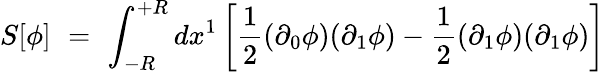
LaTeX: S[\phi]\, \, =\, \, \int_{-R}^{+R}dx^{1}\left[\frac{1}{2}(\partial_{0}\phi)(\partial_{1}\phi)-\frac{1}{2}(\partial_{1}\phi)(\partial_{1}\phi)\right]